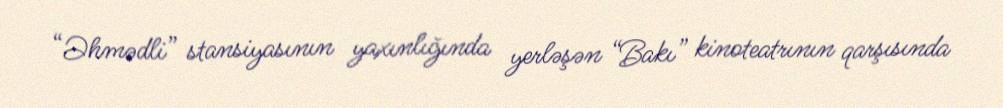
“Əhmədli” stansiyasının yaxınlığında yerləşən “Bakı” kinoteatrının qarşısında